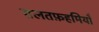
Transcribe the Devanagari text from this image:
ग़लतफ़हमियाँ